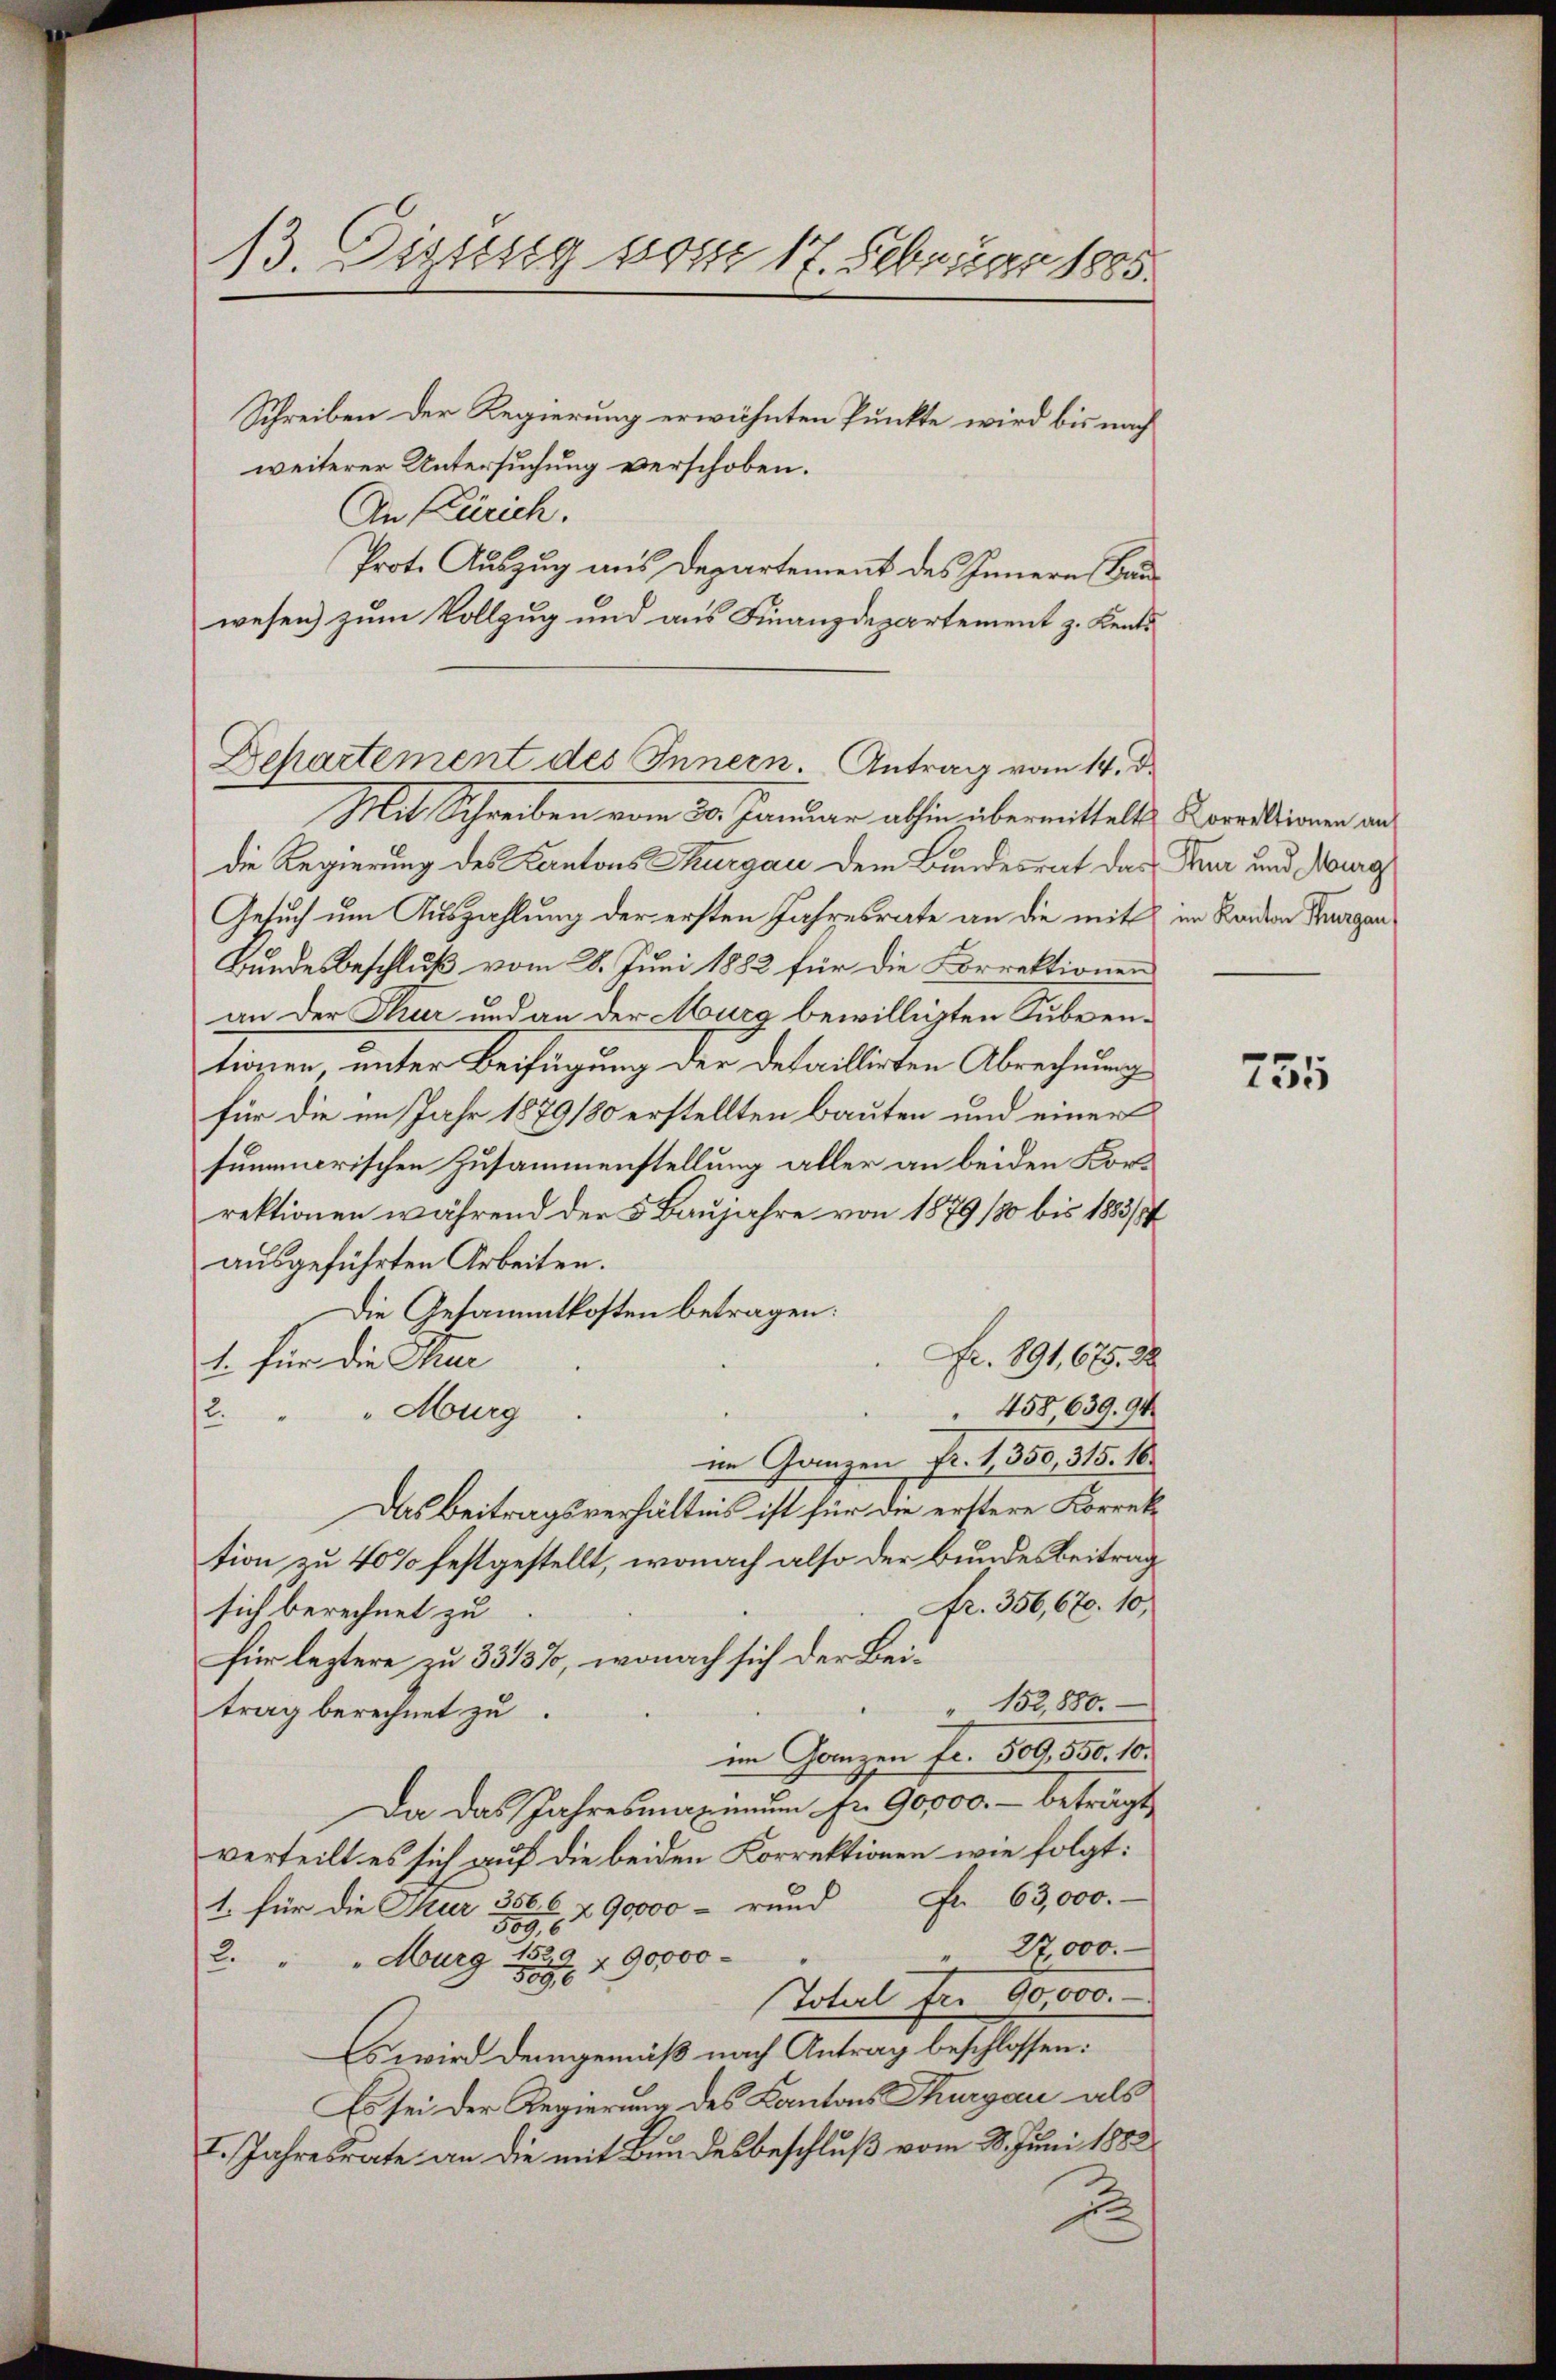
13. Dessig vom 17. Februar 1885.

Schreiben der Regierung erwähnten Punkte wird bis nach
weiterer Untersuchung verschoben.
An Zürich.
Prot. Auszug aus Departement des Innern Bauwesen) zum Vollzug und aus Finanzdepartement z. Kents
Mit Schreiben vom 30. Januar abhin übermittelt. Korrektionen an
die Regierung des Kantons Thurgau dem Bundesrat das Kur und Neuras
Gesuch um Auszahlung der ersten Jahresrate an die mit im Randern Thurgan
Bundesbeschluß vom 28. Juni 1882 für die Korrektionen
an der Thur und an der Murg bewilligten Subventionen, unter Beifügung der Detaillirten Abrechnung
für die im Jahr 1879180 erstellten Bauten und einer
summarischen Zusammenstellung aller an beiden Korrektionen während der 5 Baujahre von 1879 (80 bis 1883/
ausgeführten Arbeiten.
Die Gesammtkosten betragen:
Fr. 891,675. 28
1. für die Stur
 458 639. 94
"Aurg
12.
im Ganzen fr. 1,350, 315. 16.
Das Beitragsverhältnis ist für die erstere Korrektion zu 40% festgestellt, wonach also der Bundesbeitrag
fr. 356,670. 10,
sich berechnet zu
für leztere zu 33/3%, wonach sich der Bei¬
" 152,880.
trag berechnet zu
im Ganzen fr. 509, 550. 10.
Da das Jahresmaximŭm fr. 90000.- beträgt
verteilt es sich auf die beiden Korrektionen wie folgt:
1. für die Mur 3566 n 90000 - rund Fr. 63,000.-
509,6
27,000.
2. " " Aurg 1529 u 90000-
1896
Total für 90,000.
Es wird demgemäß nach Antrag beschlossen:
Es sei der Regierung des Kantons Thurgau als
I. Jahresrate an die mit Bundesbeschluß vom 28. Juni 1882
2

Departement des Innern. Antrag vom 14. d.

755